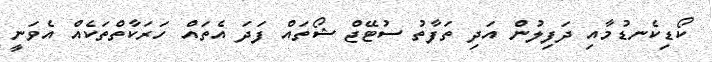
ކޯޑިކެނޑުމާއި ދަފިލުން އަދި ތަފާތު ސުޓޭޖް ޝޯތައް ފަދަ އެތައް ހަރަކާތްތަކެއް އެވަނީ